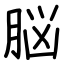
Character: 脳